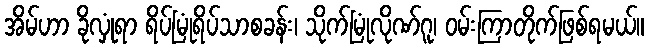
အိမ်ဟာ ခိုလှုံရာ ရိပ်မြုံရိပ်သာစခန်း၊ သိုက်မြုံလိုဏ်ဂူ၊ ဝမ်းကြာတိုက်ဖြစ်ရမယ်။